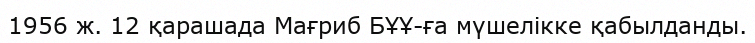
1956 ж. 12 қарашада Мағриб БҰҰ-ға мүшелікке қабылданды.